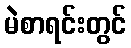
မဲစာရင်းတွင်